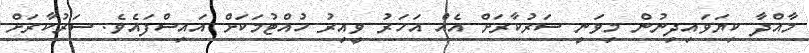
މާއްދާ ކިޔަވައިދިނުން މިވަނީ ސަރުކާރަށް އެއް އަހަރު ވީއިރު ހުއްޓުމަކަށް އައިސްފައެވެ. ސަރުކާރަށް